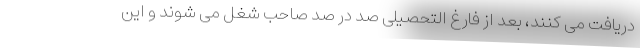
دریافت می کنند، بعد از فارغ التحصیلی صد در صد صاحب شغل می شوند و این